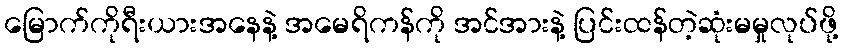
မြောက်ကိုရီးယားအနေနဲ့ အမေရိကန်ကို အင်အားနဲ့ ပြင်းထန်တဲ့ဆုံးမမှုလုပ်ဖို့